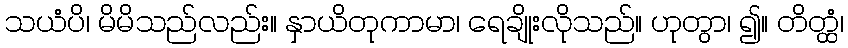
သယံပိ၊ မိမိသည်လည်း။ နှာယိတုကာမာ၊ ရေချိုးလိုသည်။ ဟုတွာ၊ ၍။ တိတ္ထံ၊